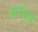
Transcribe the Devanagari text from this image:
बर्राज़ा